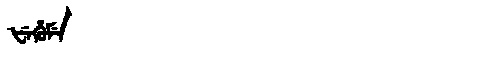
Manchu: ᡶᡝᡥᡠᠮᡝ
Romanization: FEHUME